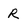
Character: R